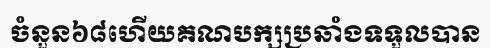
ចំនួន៦៨ហើយគណបក្សប្រឆាំងទទួលបាន